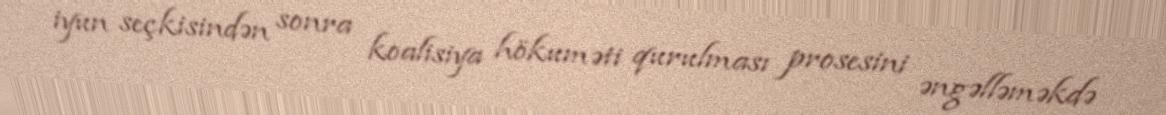
iyun seçkisindən sonra koalisiya hökuməti qurulması prosesini əngəlləməkdə